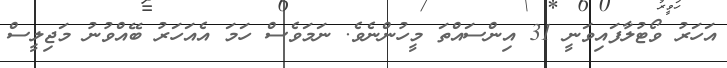
އަހަރު ވޯޓުލާފައިވަނީ 31 އިންސައްތަ މީހުންނެވެ. ނަމަވެސް ހަމަ އެއަހަރު ބޭއްވުނު މަޖިލީސް